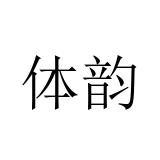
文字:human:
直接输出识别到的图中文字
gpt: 体韵